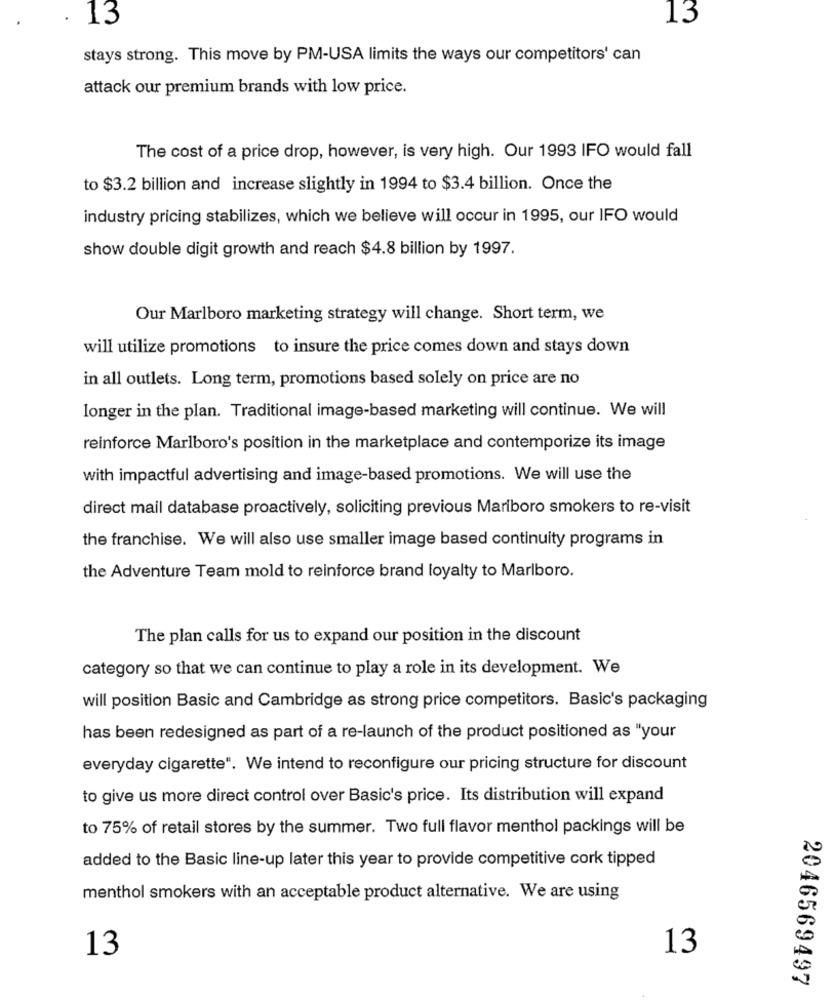
13
13
stays strong. This move by PM-USA limits the ways our competitors' can
attack our premium brands with low price.
The cost of a price drop, however, is very high. Our 1993 IFO would fall
to $3.2 billion and increase slightly in 1994 to $3.4 billion. Once the
industry pricing stabilizes, which we believe will occur in 1995, our IFO would
show double digit growth and reach $4.8 billion by 1997.
Our Marlboro marketing strategy will change. Short term, we
will utilize promotions to insure the price comes down and stays down
in all outlets. Long term, promotions based solely on price are no
longer in the plan. Traditional image-based marketing will continue. We will
reinforce Marlboro's position in the marketplace and contemporize its image
with impactful advertising and image-based promotions. We will use the
direct mail database proactively, soliciting previous Mariboro smokers to re-visit
the franchise. We will also use smaller image based continuity programs in
the Adventure Team mold to reinforce brand loyalty to Marlboro.
The plan calls for us to expand our position in the discount
category so that we can continue to play a role in its development. We
will position Basic and Cambridge as strong price competitors. Basic's packaging
has been redesigned as part of a re-launch of the product positioned as "your
everyday cigarette". We intend to reconfigure our pricing structure for discount
to give us more direct control over Basic's price. Its distribution will expand
to 75% of retail stores by the summer. Two full flavor menthol packings will be
added to the Basic line-up later this year to provide competitive cork tipped
menthol smokers with an acceptable product alternative. We are using
13
13
2046569497